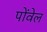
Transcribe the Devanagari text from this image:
पोंवेल